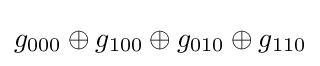
g_{000}\oplus g_{100}\oplus g_{010}\oplus g_{110}